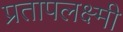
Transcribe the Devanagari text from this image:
प्रतापलक्ष्मी